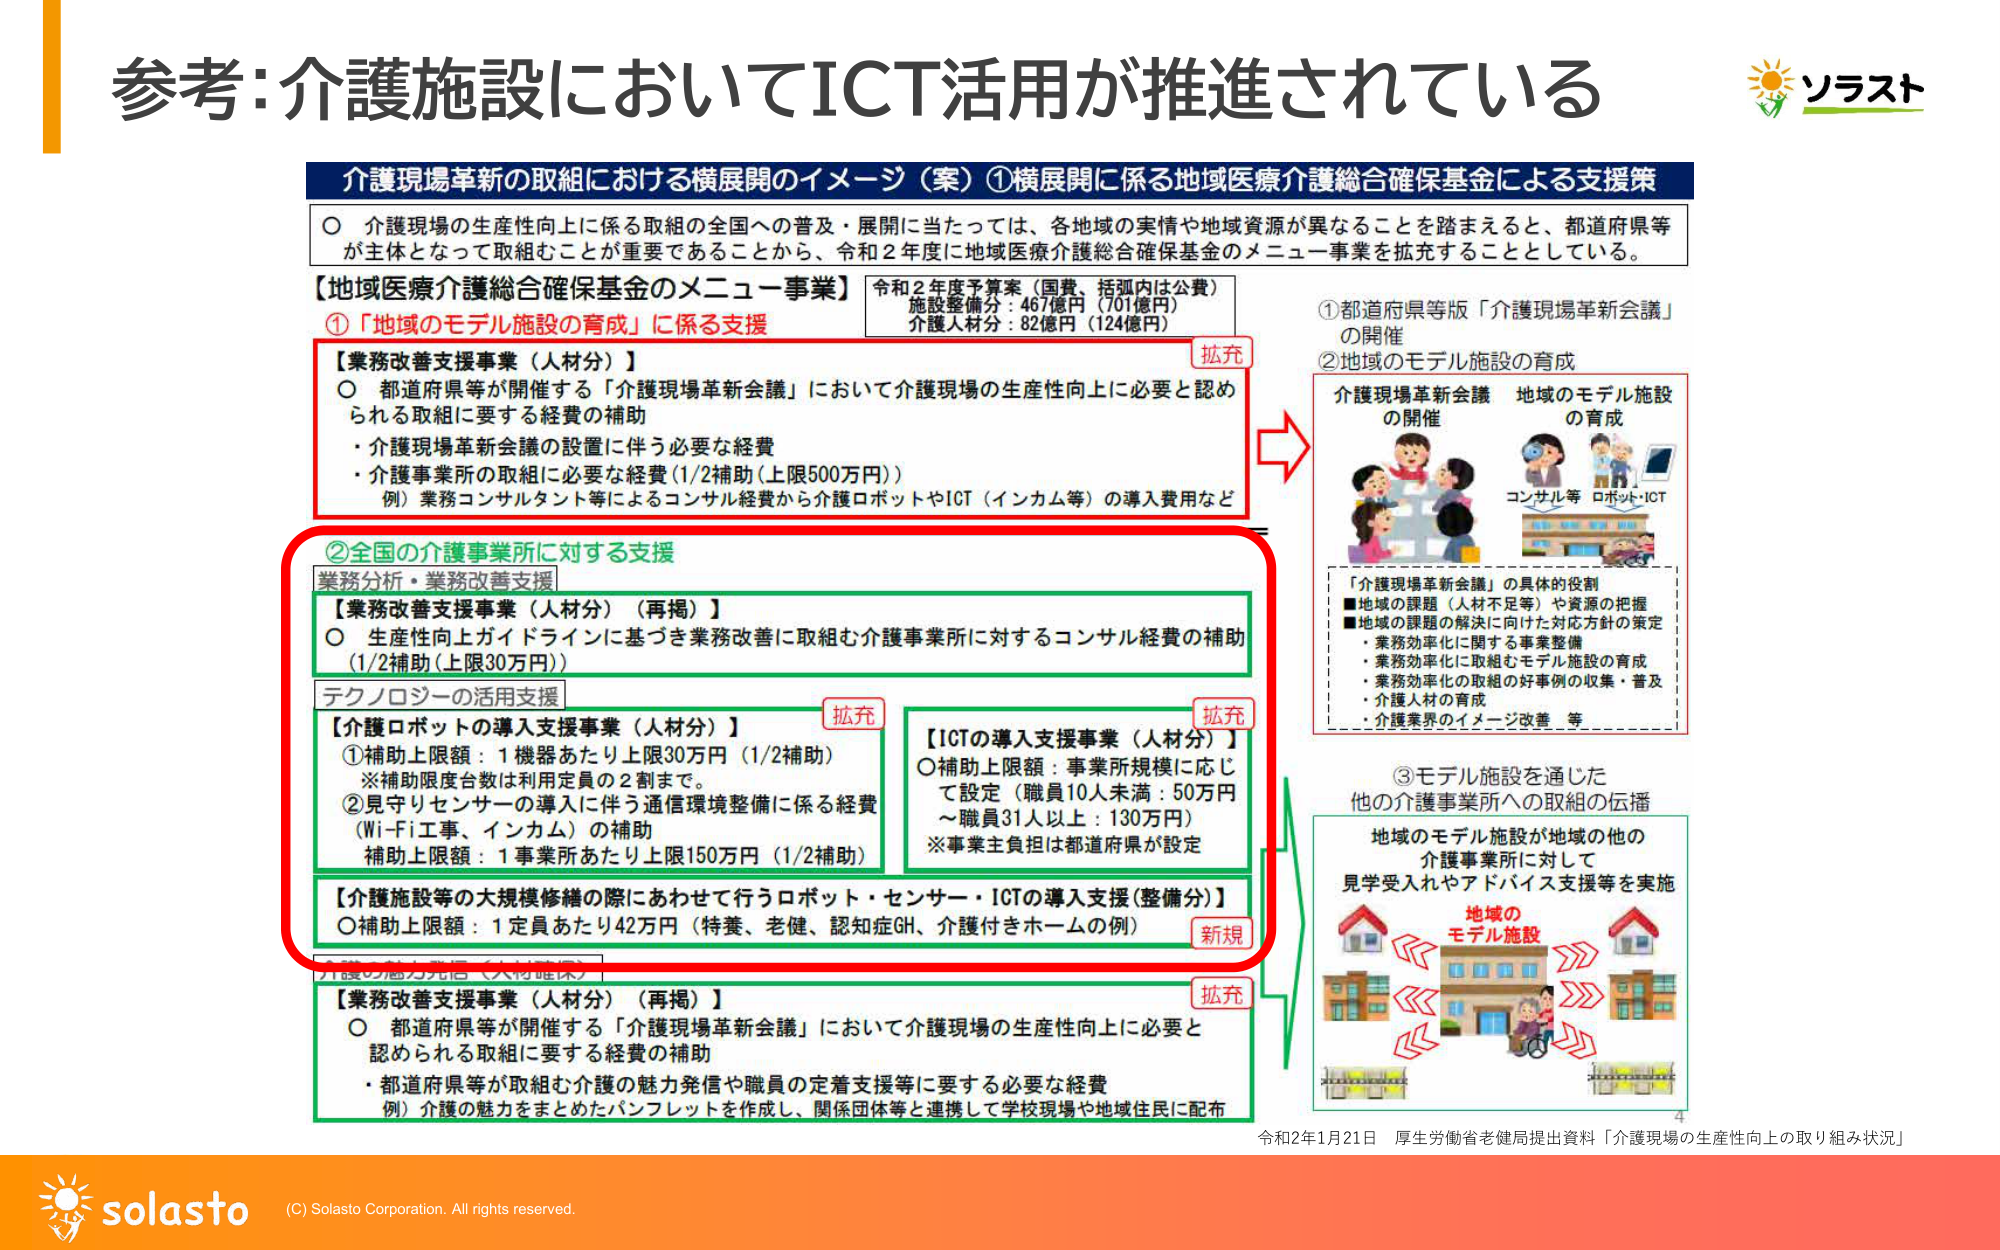
参考:介護施設においてICT活用が推進されている

介護現場革新の取組における横展開のイメージ（案）①横展開に係る地域医療介護総合確保基金による支援策

○ 介護現場の生産性向上に係る取組の全国への普及・展開に当たっては、各地域の実情や地域資源が異なることを踏まえると、都道府県等が主体となって取組むことが重要であることから、令和2年度に地域医療介護総合確保基金のメニュー事業を拡充することとしている。

【地域医療介護総合確保基金のメニュー事業】
①「地域のモデル施設の育成」に係る支援
【業務改善支援事業（人材分）】
○ 都道府県等が開催する「介護現場革新会議」において介護現場の生産性向上に必要と認められる取組に要する経費の補助
・介護現場革新会議の設置に伴う必要な経費
・介護事業所の取組に必要な経費（1/2補助（上限500万円））
例）業務コンサルタント等によるコンサル経費から介護ロボットやICT（インカム等）の導入費用など

②全国の介護事業所に対する支援
業務分析・業務改善支援
【業務改善支援事業（人材分）（再掲）】
○ 生産性向上ガイドラインに基づき業務改善に取組む介護事業所に対するコンサル経費の補助（1/2補助（上限30万円））

テクノロジーの活用支援
【介護ロボットの導入支援事業（人材分）】
①補助上限額：1機器あたり上限30万円（1/2補助）
※補助限度台数は利用定員の2割まで。
②見守りセンサーの導入に伴う通信環境整備に係る経費（Wi-Fi工事、インカム）の補助
補助上限額：1事業所あたり上限150万円（1/2補助）

【ICTの導入支援事業（人材分）】
○補助上限額：事業所規模に応じて設定（職員10人未満：50万円～職員31人以上：130万円）
※事業主負担は都道府県が設定

【介護施設等の大規模修繕の際にあわせて行うロボット・センサー・ICTの導入支援（整備分）】
○補助上限額：1定員あたり42万円（特養、老健、認知症GH、介護付きホームの例）

介護の魅力発信（人材確保）
【業務改善支援事業（人材分）（再掲）】
○ 都道府県等が開催する「介護現場革新会議」において介護現場の生産性向上に必要と認められる取組に要する経費の補助
・都道府県等が取組む介護の魅力発信や職員の定着支援等に要する必要な経費
例）介護の魅力をまとめたパンフレットを作成し、関係団体等と連携して学校現場や地域住民に配布

令和2年度予算案（国費、括弧内は公費）
施設整備分：467億円（701億円）
介護人材分：82億円（124億円）

①都道府県等版「介護現場革新会議」の開催
②地域のモデル施設の育成
介護現場革新会議の開催 地域のモデル施設の育成
コンサル等 ロボット・ICT

「介護現場革新会議」の具体的役割
■地域の課題（人材不足等）や資源の把握
■地域の課題の解決に向けた対応方針の策定
・業務効率化に関する事業整備
・業務効率化に取組むモデル施設の育成
・業務効率化の取組の好事例の収集・普及
・介護人材の育成
・介護業界のイメージ改善 等

③モデル施設を通じた他の介護事業所への取組の伝播
地域のモデル施設が地域の他の介護事業所に対して見学受入れやアドバイス支援等を実施
地域のモデル施設

令和2年1月21日 厚生労働省老健局提出資料「介護現場の生産性向上の取り組み状況」

ソラスト
solasto
(C) Solasto Corporation. All rights reserved.